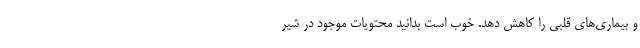
و بیماری‌های قلبی را کاهش دهد. خوب است بدانید محتویات موجود در شیر